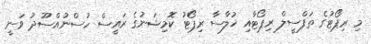
މި ރިޕޯޓުގެ ތަފްސީލް ރިޕޯޓާއި ޚުލާސާ ރިޕޯޓު ކޮމިޝަނުގެ ރައީސް ހުސްނުއްސޫދު ވަނީ